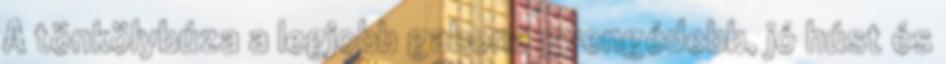
A tönkölybúza a legjobb gabona gyengédebb, jó húst és